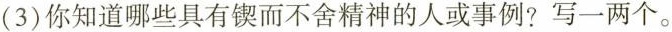
(3)你知道哪些具有锲而不舍精神的人或事例?写一两个。